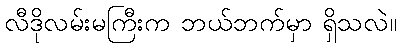
လီဒိုလမ်းမကြီးက ဘယ်ဘက်မှာ ရှိသလဲ။